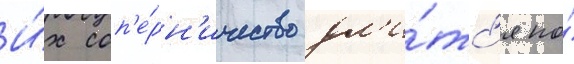
И́х соп'е́рн'ичество дл'и́тс'я по́